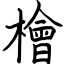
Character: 檜